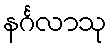
နင်္ဂလာသု